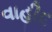
વાહીદ